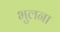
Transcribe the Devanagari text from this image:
भुलना